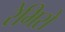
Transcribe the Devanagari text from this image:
रेमिरो